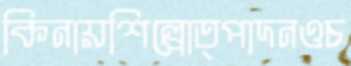
কিনায়শিল্পোত্পাদনওচ